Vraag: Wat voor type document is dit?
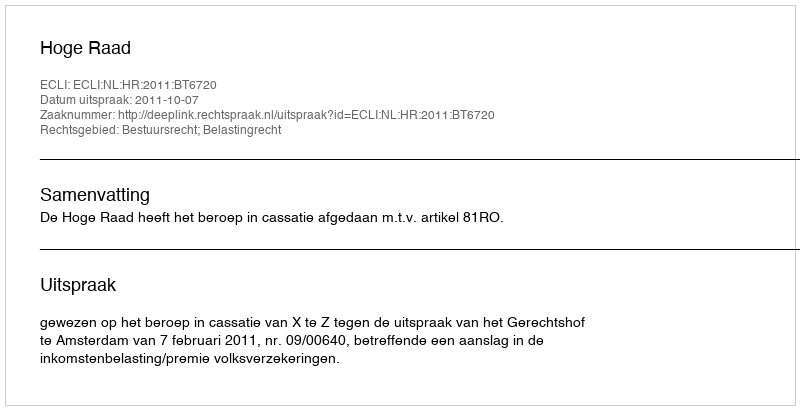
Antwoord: Uitspraak